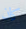
كان